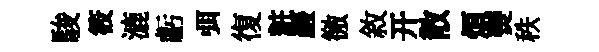
駿筱漉虧弭復粧巖徼敘开散煩𤓖秩